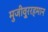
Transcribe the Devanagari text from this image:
मुजीवु्ररहमान